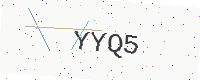
Text: YYQ5